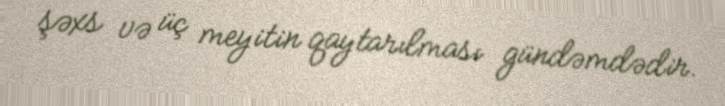
şəxs və üç meyitin qaytarılması gündəmdədir.